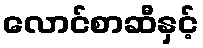
လောင်စာဆီနှင့်